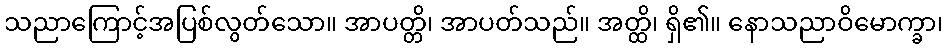
သညာကြောင့်အပြစ်လွတ်သော။ အာပတ္တိ၊ အာပတ်သည်။ အတ္ထိ၊ ရှိ၏။ နောသညာဝိမောက္ခာ၊